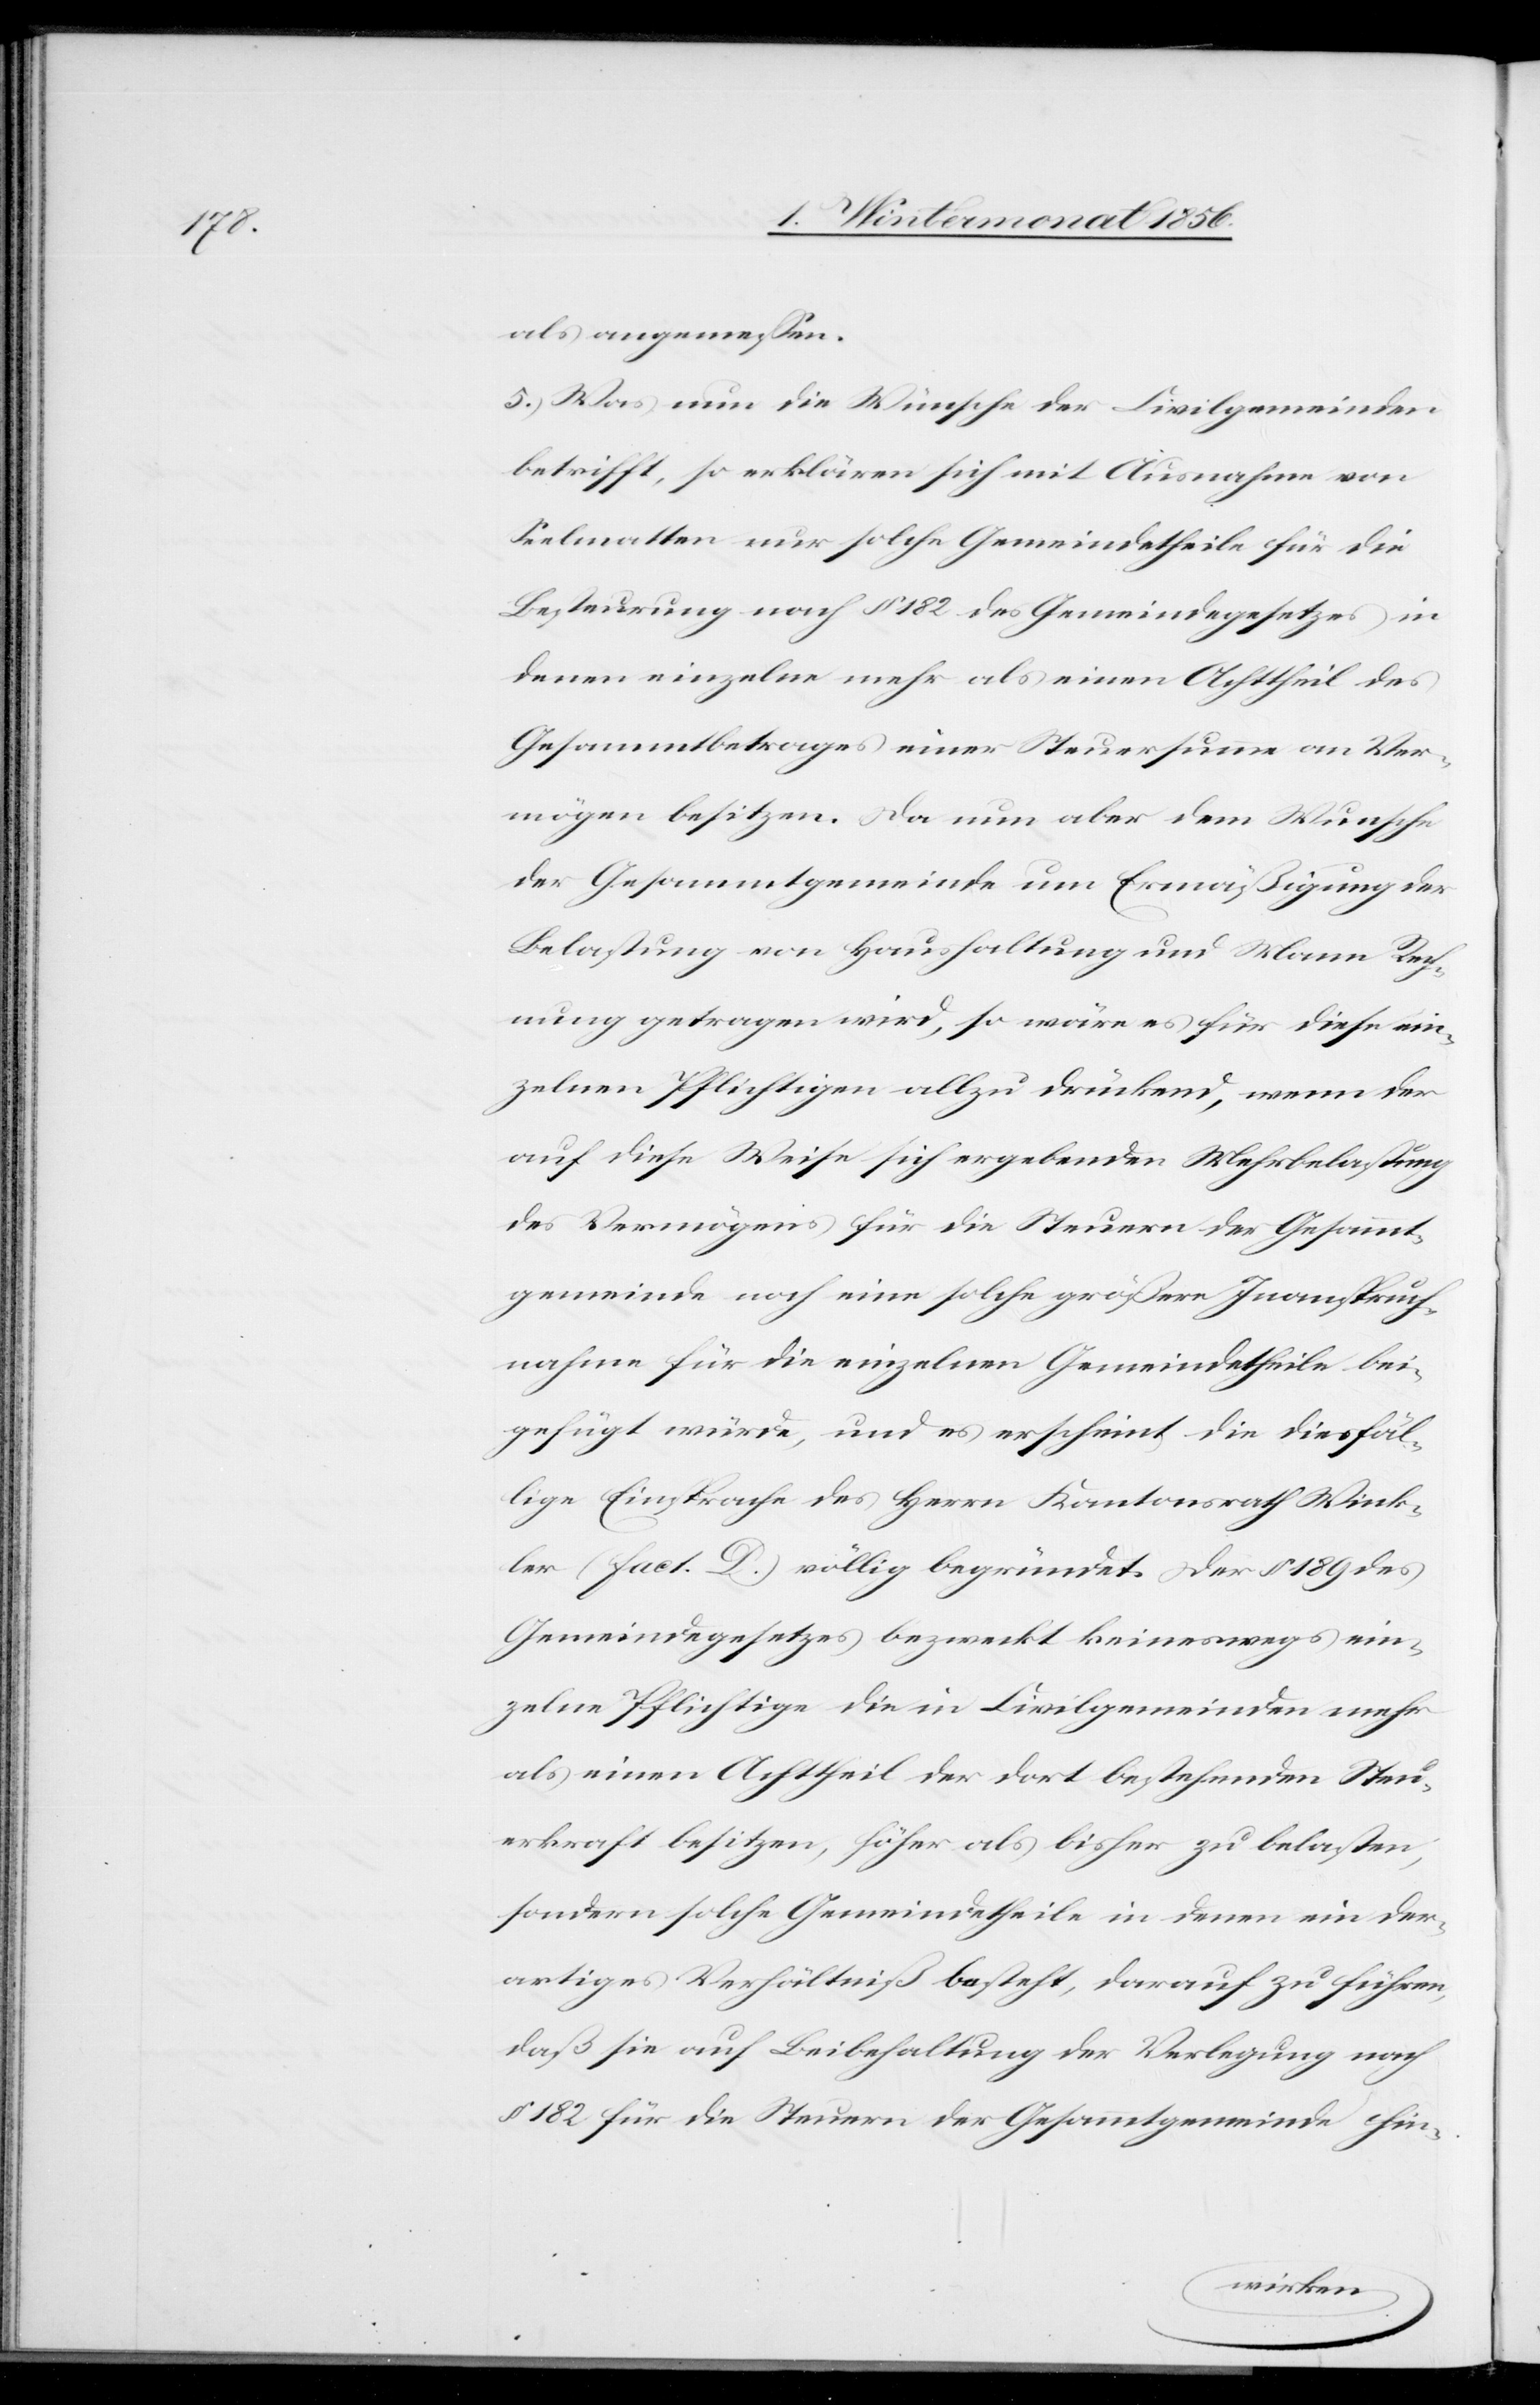
als angemessen.
5.) Was nun die Wünsche der Civilgemeinden
betrifft, so erklären sich mit Ausnahmen von
Seelmatten nur solche Gemeindetheile für die
Besteurung nach § 182 des Gemeindegesetzes in
denen einzelne mehr als einen Achttheil des
Gesammtbetrages einer Steuersumme an Ver¬
mögen besitzen. Da nun aber dem Wunsche
der Gesammtgemeinde um Ermäßigung der
Belastung von Haushaltung und Mann Rech¬
nung getragen wird, so wäre es für diese ein¬
zelnen Pflichtigen allzu drückend, wenn der
auf diese Weise sich ergebenden Mehrbelastung
des Vermögens für die Steuern der Gesammt¬
gemeinde noch eine solche größere Inanspruch¬
nahme für die einzelnen Gemeindetheile bei¬
gefügt würde, und es erscheint die diesfäl¬
lige Einsprache des Herrn Kantonsrath Wink¬
ler (fact. D.) völlig begründet. Der § 189 des
Gemeindegesetzes bezweckt keineswegs ein¬
zelne Pflichtige die in Civilgemeinden mehr
als einen Achttheil der dort bestehenden Steu¬
erkraft besitzen, höher als bisher zu belasten,
sondern solche Gemeindetheile in denen ein der¬
artiges Verhältniß besteht, darauf zu führen,
daß sie auf Beibehaltung der Verlegung nach
§ 182 für die Steuern der Gesammtgemeinde hin-